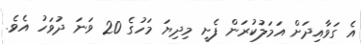
އެ ގަވާއިދަށް އަމަލުކުރަން ފެށީ މިދިޔަ މަހުގެ 20 ވަނަ ދުވަހު އެވެ.